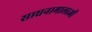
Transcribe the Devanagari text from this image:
साधनामालाओं